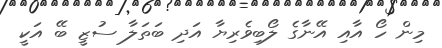
މިން ހޯ އާއި އޭނާގެ ލޯބިވެރިޔާ އަދި ބަތަލާ ސުޒީ ބޭ އަކީ